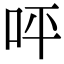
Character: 呯